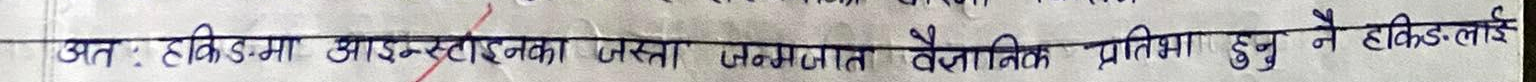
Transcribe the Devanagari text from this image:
अतः हकिंडमा आइन्स्टाइनका यस्ता जन्मजात वैज्ञानिक प्रतिभा हुनु नै हकिंडलाई